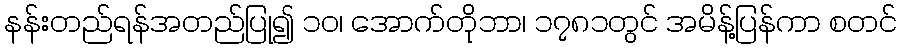
နန်းတည်ရန်အတည်ပြု၍ ၁၀၊ အောက်တိုဘာ၊ ၁၇၈၁တွင် အမိန့်ပြန်ကာ စတင်